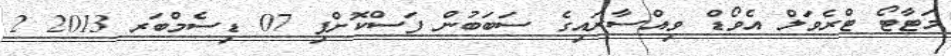
މަޓާޓޯ ޓްރެވަލް އެވޯޑް ވިއްސާރައިގެ ސަބަބުން ފަސްކޮށްފި 07 ޑިސެމްބަރ 2013 2